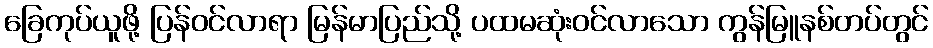
ခြေကုပ်ယူဖို့ ပြန်ဝင်လာရာ မြန်မာပြည်သို့ ပထမဆုံးဝင်လာသော ကွန်မြူနစ်တပ်တွင်